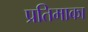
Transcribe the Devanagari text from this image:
प्रतिमाका